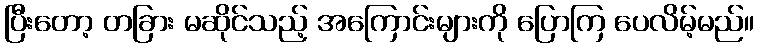
ပြီးတော့ တခြား မဆိုင်သည့် အကြောင်းများကို ပြောကြ ပေလိမ့်မည်။